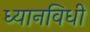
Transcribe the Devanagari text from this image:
ध्यानविधी